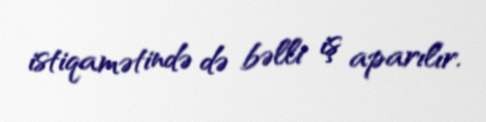
istiqamətində də bəlli iş aparılır.